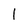
Character: l